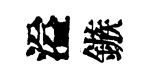
溢鏃